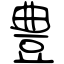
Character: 豊